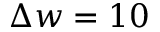
\Delta w = 1 0